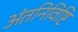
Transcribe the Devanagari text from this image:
अंतनिविष्टि